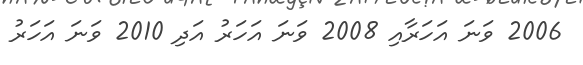
2006 ވަނަ އަހަރާއި 2008 ވަނަ އަހަރު އަދި 2010 ވަނަ އަހަރު